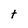
Character: t